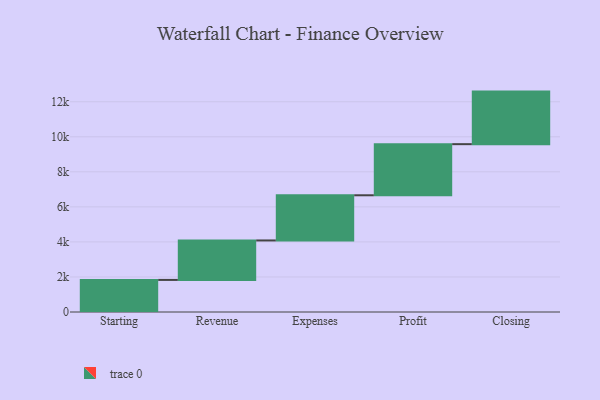
{"axis": {"x": "Step", "y": "Value"}, "legend": [""], "data": [{"x": "Starting", "y": 1831.0, "type": ""}, {"x": "Revenue", "y": 2253.0, "type": ""}, {"x": "Expenses", "y": 2578.0, "type": ""}, {"x": "Profit", "y": 2918.0, "type": ""}, {"x": "Closing", "y": 3000, "type": ""}]}